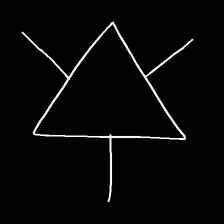
Glyph: fire